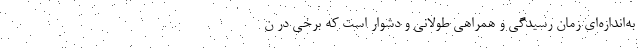
به‌اندازه‌ای زمان رسیدگی و همراهی طولانی و دشوار است که برخی در ن